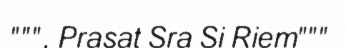
""", Prasat Sra Si Riem"""